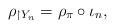
LaTeX: \begin{align*}\rho_{\restriction Y_n}=\rho_\pi\circ\iota_n ,\end{align*}